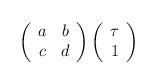
LaTeX: \begin{align*} \left( \begin{array}{cc} a & b\\ c & d \end{array} \right) \left( \begin{array}{c} \tau \\ 1 \end{array} \right)\end{align*}